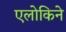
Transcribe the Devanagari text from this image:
एलोकिने